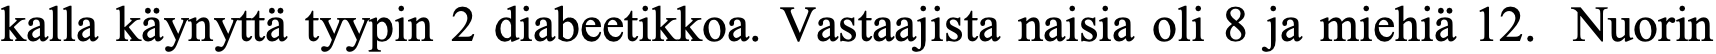
kalla käynyttä tyypin 2 diabeetikkoa. Vastaajista naisia oli 8 ja miehiä 12. Nuorin